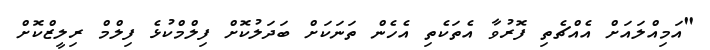
"އަމިއްލައަށް އެއްޗެތި ފޮރުވާ އެތަކެތި އެހެން ތަނަކަށް ބަދަލުކޮށް ފިލްމްކުޅެ ފިލްމް ރިލީޒްކޮށް